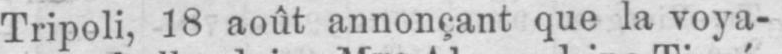
Tripoli, 18 août annonçant que la voya-